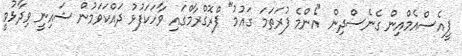
ޕީއެސްއެމްއިން ގެނެސްދިން "އެންމެ ފުރަތަމަ ގައުމު" ޕްރޮގްރާމްގައި ވާހަކަފުޅު ދައްކަވަމުން ޝައިނީ ވިދާޅުވީ